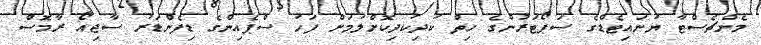
މެންޗެސްޓާ ޔުނައިޓެޑްގެ ސަޕޯޓަރުންގެ ހިތް ކުދިކުދިކޮށްލުމަށް ފަހު ސްޕެއިންގެ ޑިފެންޑަރު ސާޖިއޯ ރާމޮސް